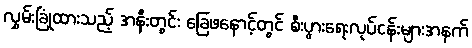
လွှမ်းခြုံထားသည့် အနီးတွင်း ခြေဖနောင့်တွင် စီးပွားရေးလုပ်ငန်းများအနက်